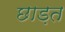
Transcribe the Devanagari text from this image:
छाड़त